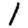
Digit: 1